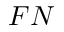
F N